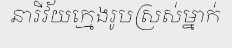
នារីវ័យក្មេងរូបស្រស់ម្នាក់